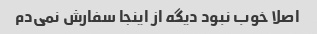
اصلا خوب نبود دیگه از اینجا سفارش نمی‌دم